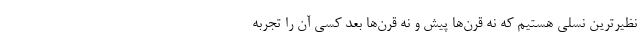
نظیرترین نسلی هستیم که نه قرن‌ها پیش و نه قرن‌ها بعد کسی آن را تجربه